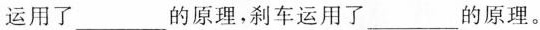
运用了___的原理，刹车运用了___的原理。